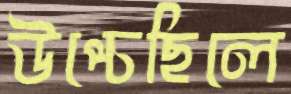
উপ্‌চেছিলে